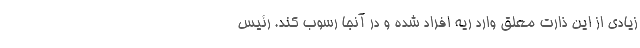
زیادی از این ذارت معلق وارد ریه افراد شده و در آنجا رسوب کند. رئیس